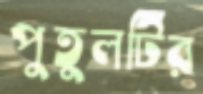
পুতুলটির